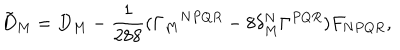
{ \tilde { D } } _ { M } = D _ { M } - \frac { 1 } { 2 8 8 } ( \Gamma _ { M } { } ^ { N P Q R } - 8 \delta _ { M } ^ { N } \Gamma ^ { P Q R } ) F _ { N P Q R } ,